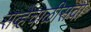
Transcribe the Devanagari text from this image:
सव्हेचाळीसवा